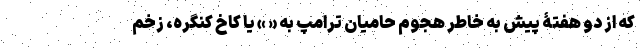
که از دو هفتۀ پیش به خاطر هجوم حامیان ترامپ به « » یا کاخ کنگره، زخم